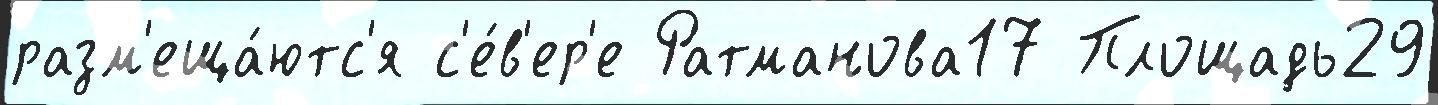
разм'еща́ютс'я с'е́в'ер'е Ратманова17 Площадь29